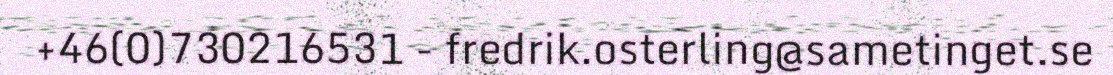
+46(0)730216531 - fredrik.osterling@sametinget.se